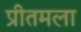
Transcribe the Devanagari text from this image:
प्रीतमला